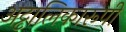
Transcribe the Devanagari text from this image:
अट्टालिकारूपी